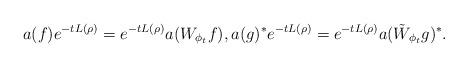
LaTeX: \begin{align*}a(f)e^{-t L(\rho)} = e^{-t L(\rho)} a(W_{\phi_t} f), a(g)^*e^{-tL(\rho)} = e^{-t L(\rho)} a(\tilde W_{\phi_t}g)^*.\end{align*}